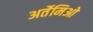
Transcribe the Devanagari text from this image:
अर्तेमिओ